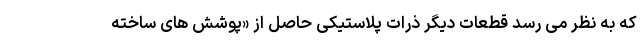
که به نظر می رسد قطعات دیگر ذرات پلاستیکی حاصل از «پوشش های ساخته